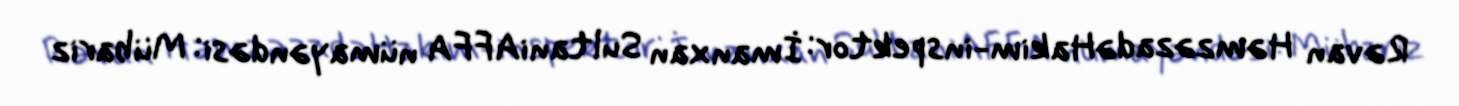
Rəvan HəmzəzadəHakim-inspektor: İmanxan SultaniAFFA nümayəndəsi: Mübariz